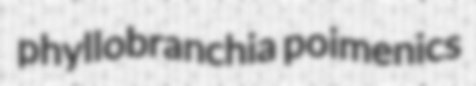
phyllobranchia poimenics